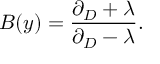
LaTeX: B ( y ) = \frac { \partial _ { D } + \lambda } { \partial _ { D } - \lambda } .